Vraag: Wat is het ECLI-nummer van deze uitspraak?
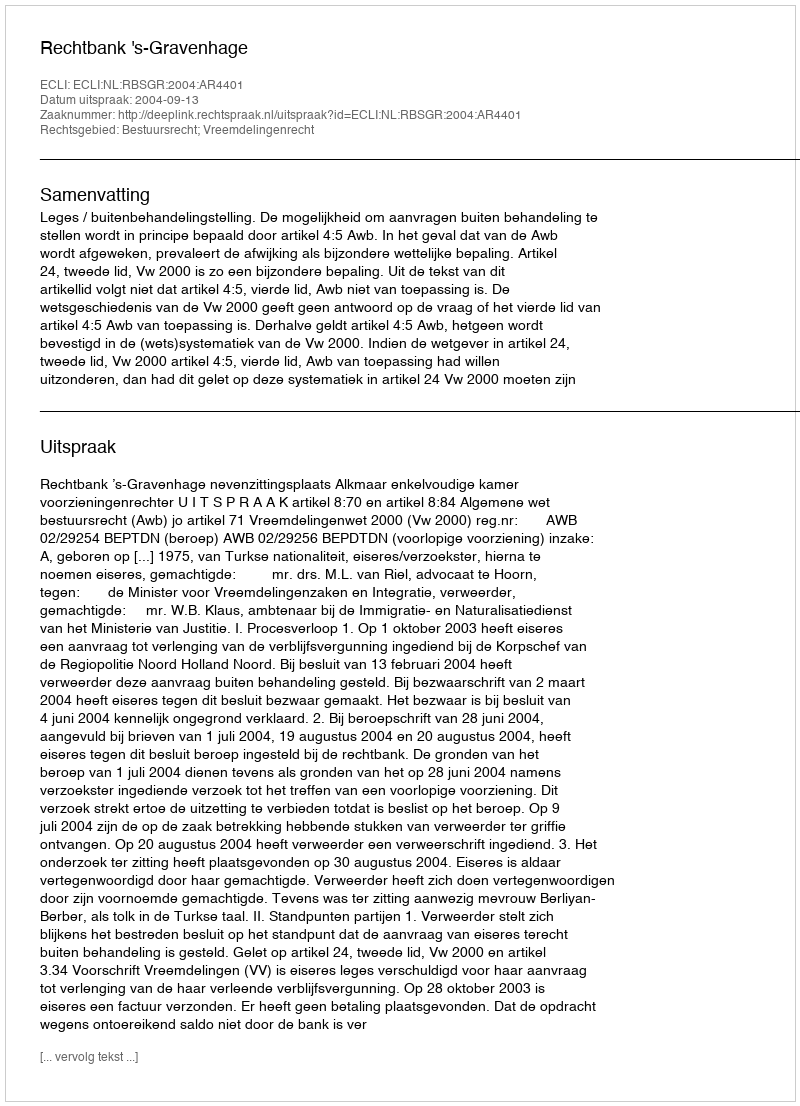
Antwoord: ECLI:NL:RBSGR:2004:AR4401